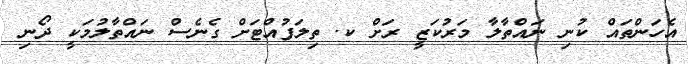
އެހަންތައް ކުނި ނައްތާލާ މަރުކަޒީ ރަށް ކ. ތިލަފުއްޓަށް ގެނެސް ނައްތާލުމަކީ ދޯނި